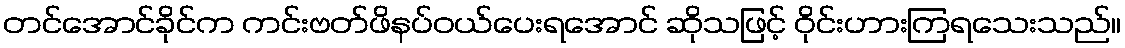
တင်အောင်ခိုင်က ကင်းဗတ်ဖိနပ်ဝယ်ပေးရအောင် ဆိုသဖြင့် ဝိုင်းဟားကြရသေးသည်။